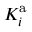
K _ { i } ^ { \mathrm { a } }